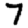
Digit: 7